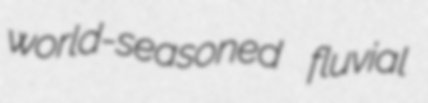
world-seasoned fluvial